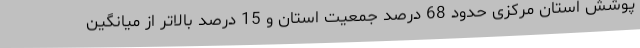
پوشش استان مرکزی حدود 68 درصد جمعیت استان و 15 درصد بالاتر از میانگین